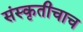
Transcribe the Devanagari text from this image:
संस्कृतीचाच